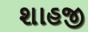
શાહજી